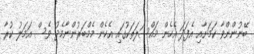
ބޭނުންންވާ ކަމަށާއި އެފަދަ އެހެން މައްސަލަތަކުގައި އެހެން މެމްބަރުންނާމެދު ވެސް އަމަލު ކުރާ